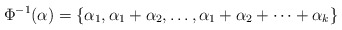
\begin{align*} \Phi^{-1}(\alpha)=\{\alpha_1,\alpha_1+\alpha_2,\ldots,\alpha_1+\alpha_2+\dots+\alpha_k\} \end{align*}